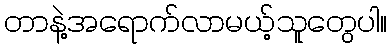
တာနဲ့အရောက်လာမယ့်သူတွေပါ။